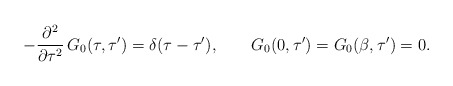
\begin{align*}-\frac{\partial^2}{\partial\tau^2}\,G_0(\tau,\tau')=\delta(\tau-\tau'),\qquad G_0(0,\tau')=G_0(\beta,\tau')=0.\end{align*}